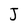
Character: J